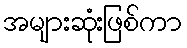
အများဆုံးဖြစ်ကာ